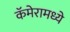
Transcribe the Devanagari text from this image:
कॅमेरामध्ये